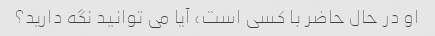
او در حال حاضر با کسی است، آیا می توانید نگه دارید؟